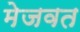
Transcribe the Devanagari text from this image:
मेजवत